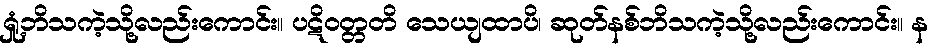
ရှုံ့ဘိသကဲ့သို့လည်းကောင်း။ ပဋိဝတ္တတိ သေယျထာပိ၊ ဆုတ်နစ်ဘိသကဲ့သို့လည်းကောင်း။ န